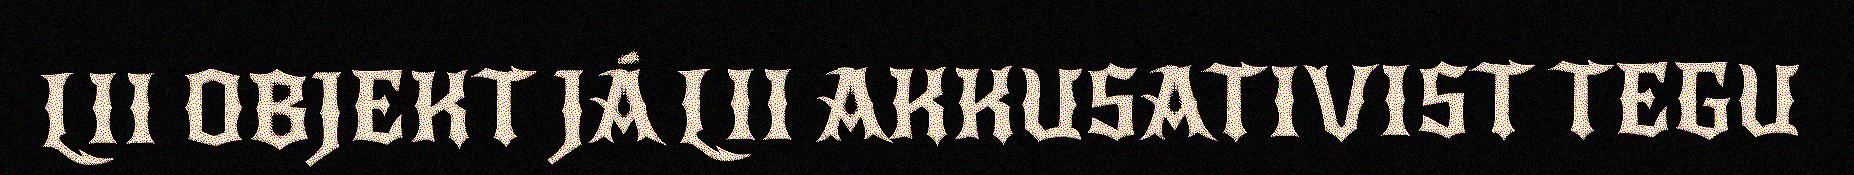
LII OBJEKT JÁ LII AKKUSATIVIST TEGU